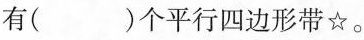
有()个平行四边形带☆。